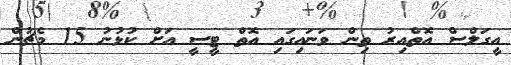
އީގަލްސް އޮތްއިރު ތިން ވަނައިގައި އޮތް ޓީސީ އަށް ކުޅުނު 15 މެޗުން